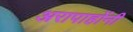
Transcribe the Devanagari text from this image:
अरापाहोंनी